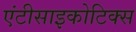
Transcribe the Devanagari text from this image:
एंटीसाइकोटिक्स